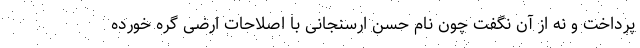
پرداخت و نه از آن نگفت چون نام حسن ارسنجانی با اصلاحات ارضی گره خورده